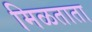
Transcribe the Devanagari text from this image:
मिळताता